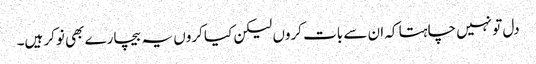
دل تو نہیں چاہتا کہ ان سے بات کروں لیکن کیا کروں یہ بیچارے بھی نوکر ہیں۔